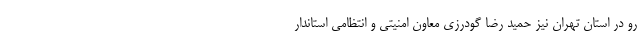
رو در استان تهران نیز حمید رضا گودرزی معاون امنیتی و انتظامی استاندار